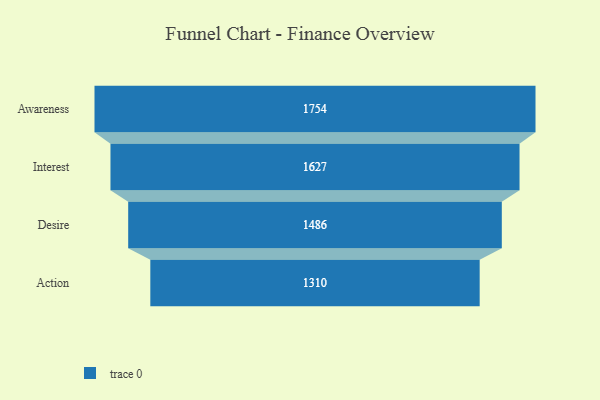
{"axis": {"x": "Stage", "y": "Value"}, "legend": [""], "data": [{"x": "Awareness", "y": 1754.0, "type": ""}, {"x": "Interest", "y": 1627.0, "type": ""}, {"x": "Desire", "y": 1486.0, "type": ""}, {"x": "Action", "y": 1310.0, "type": ""}]}